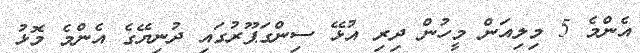
އެންމެ 5 މިލިއަން މީހުން ދިރި އުޅޭ ސިންގަޕޫރުގައި ދުނިޔޭގެ އެންމެ މޮޅު